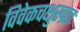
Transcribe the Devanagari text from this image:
विवेकचक्षुरग्रतः